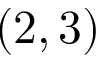
( 2 , 3 )